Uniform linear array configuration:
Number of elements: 16
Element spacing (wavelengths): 0.75
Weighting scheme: kaiser
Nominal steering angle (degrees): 15
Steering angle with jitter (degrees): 14.615
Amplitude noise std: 0.05
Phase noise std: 0.05

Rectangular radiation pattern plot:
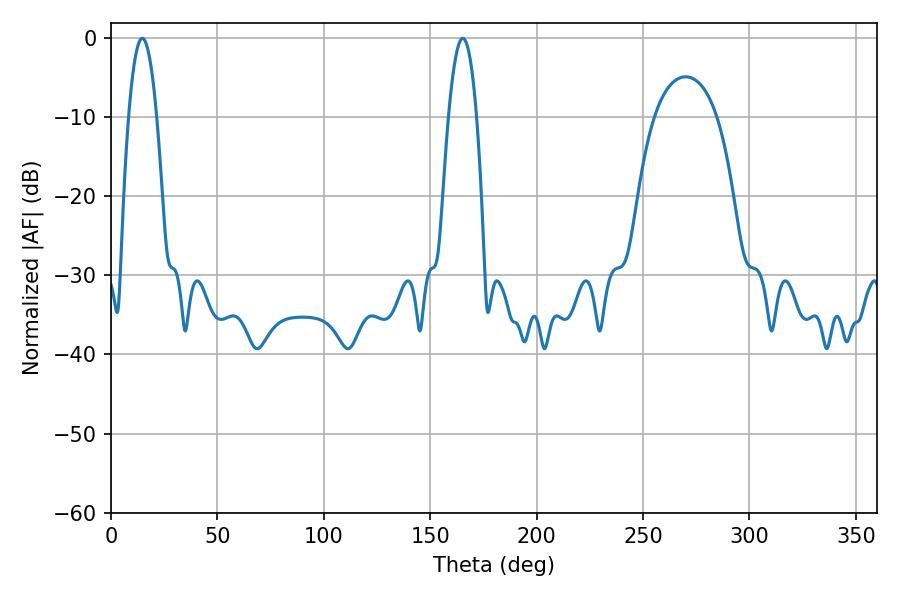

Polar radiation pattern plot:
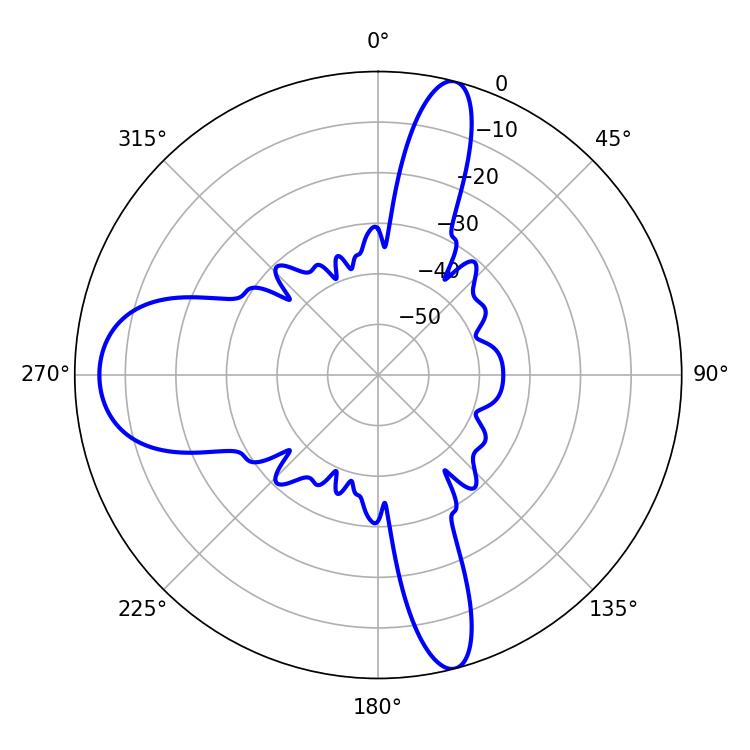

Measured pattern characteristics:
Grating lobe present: TRUE
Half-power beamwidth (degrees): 7.2
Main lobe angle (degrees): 14.76